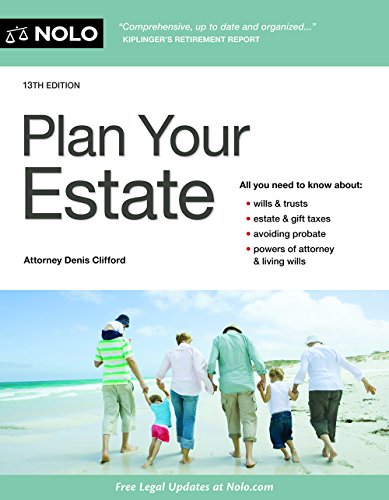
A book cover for Plan Your Estate; Denis Clifford Attorney; Law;